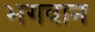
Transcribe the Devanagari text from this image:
भ्‍ागवान